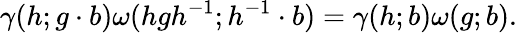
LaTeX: \gamma(h;g\cdot b)\omega(hgh^{-1};h^{-1}\cdot b)=\gamma(h;b)\omega(g;b).